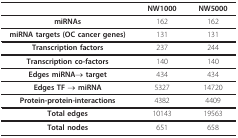
|  | NW1000 | NW5000 |
 | --- | --- | --- |
 | miRNAs | 162 | 162 |
 | miRNA targets (OC cancer genes) | 131 | 131 |
 | Transcription factors | 237 | 244 |
 | Transcription co-factors | 140 | 140 |
 | Edges miRNA→ target | 434 | 434 |
 | Edges TF → miRNA | 5327 | 14720 |
 | Protein-protein-interactions | 4382 | 4409 |
 | Total edges | 10143 | 19563 |
 | Total nodes | 651 | 658 |